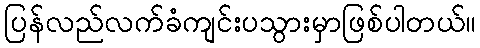
ပြန်လည်လက်ခံကျင်းပသွားမှာဖြစ်ပါတယ်။